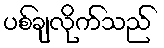
ပစ်ချလိုက်သည်